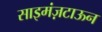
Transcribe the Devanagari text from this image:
साइमंज़टाऊन